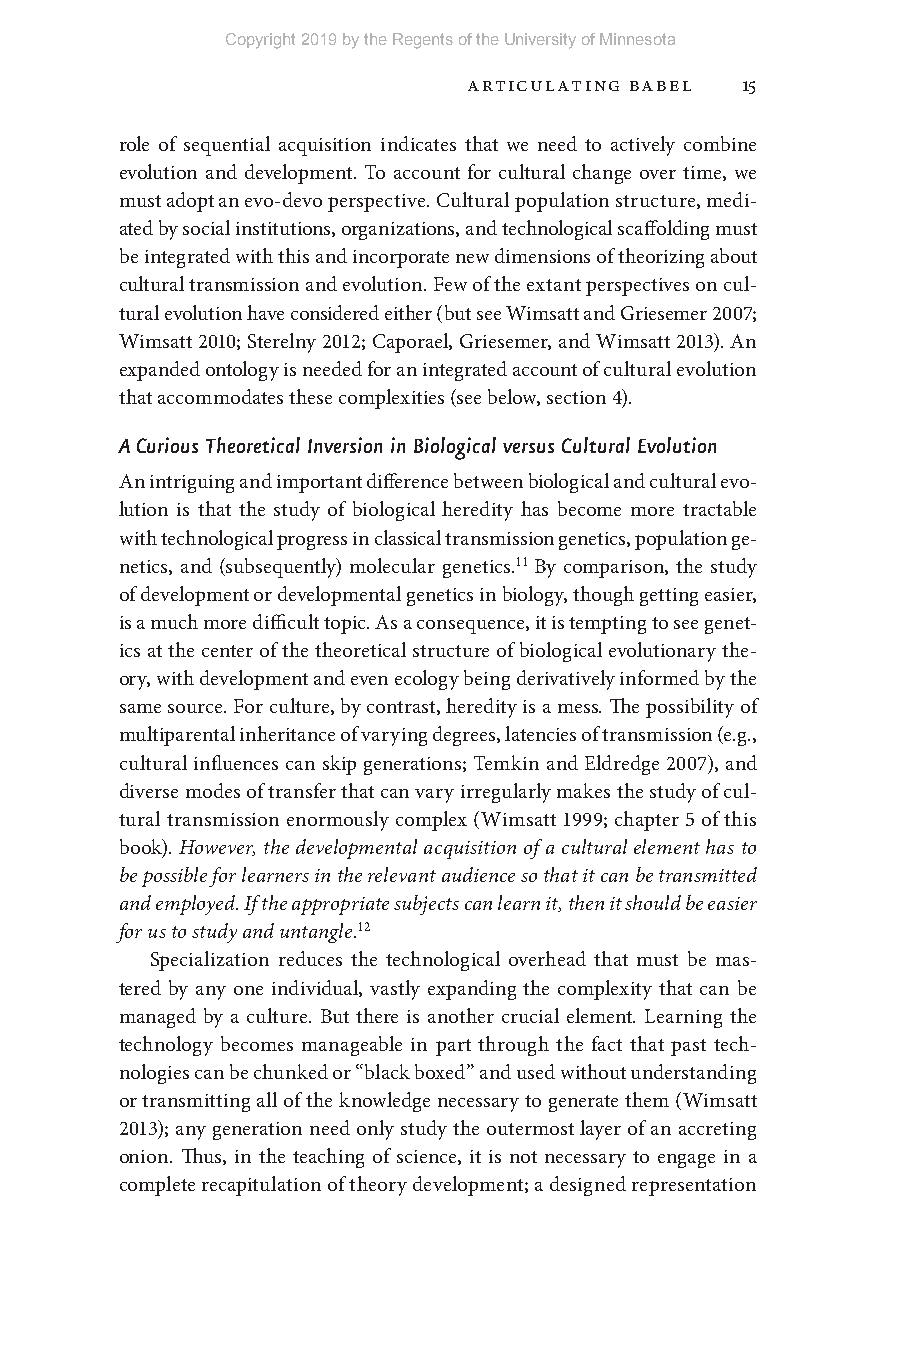
Copyright 2019 by the Regents of the University of Minnesota
 Articulating Babel 15
 role of sequential acquisition indicates that we need to actively combine
 evolution and development. To account for cultural change over time, we
 must adopt an evo- devo perspective. Cultural population structure, medi-
 ated by social institutions, organizations, and technological scaffolding must
 be integrated with this and incorporate new dimensions of theorizing about
 cultural transmission and evolution. Few of the extant perspectives on cul-
 tural evolution have considered either (but see Wimsatt and Griesemer 2007;
 Wimsatt 2010; Sterelny 2012; Caporael, Griesemer, and Wimsatt 2013). An
 expanded ontology is needed for an integrated account of cultural evolution
 that accommodates these complexities (see below, section 4).
 A Curious Theoretical Inversion in Biological versus Cultural Evolution
 An intriguing and important difference between biological and cultural evo-
 lution is that the study of biological heredity has become more tractable
 with technological progress in classical transmission genetics, population ge-
 netics, and (subsequently) molecular genetics.11 By comparison, the study
 of development or developmental genetics in biology, though getting easier,
 is a much more difficult topic. As a consequence, it is tempting to see genet-
 ics at the center of the theoretical structure of biological evolutionary the-
 ory, with development and even ecology being derivatively informed by the
 same source. For culture, by contrast, heredity is a mess. The possibility of
 multiparental inheritance of varying degrees, latencies of transmission (e.g.,
 cultural influences can skip generations; Temkin and Eldredge 2007), and
 diverse modes of transfer that can vary irregularly makes the study of cul-
 tural transmission enormously complex (Wimsatt 1999; chapter 5 of this
 book). However, the developmental acquisition of a cultural element has to
 be possible for learners in the relevant audience so that it can be transmitted
 and employed. If the appropriate subjects can learn it, then it should be easier
 for us to study and untangle.12
 Specialization reduces the technological overhead that must be mas-
 tered by any one individual, vastly expanding the complexity that can be
 managed by a culture. But there is another crucial element. Learning the
 technology becomes manageable in part through the fact that past tech-
 nologies can be chunked or “black boxed” and used without understanding
 or transmitting all of the knowledge necessary to generate them (Wimsatt
 2013); any generation need only study the outermost layer of an accreting
 onion. Thus, in the teaching of science, it is not necessary to engage in a
 complete recapitulation of theory development; a designed representation